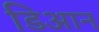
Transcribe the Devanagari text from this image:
डिआन